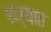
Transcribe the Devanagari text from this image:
शर्यात